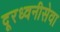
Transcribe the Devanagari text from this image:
दूरध्वनीसेवा